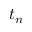
t _ { n }